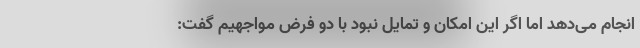
انجام می‌دهد اما اگر این امکان و تمایل نبود با دو فرض مواجهیم گفت: